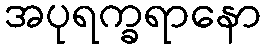
အပုရက္ခရာနော